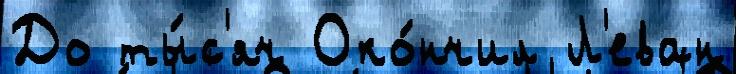
До ты́с'яч Око́нчил Л'еван